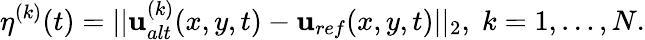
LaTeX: \eta^{(k)}(t)=||\mathbf{u}_{alt}^{(k)}(x,y,t)-\mathbf{u}_{ref}(x,y,t)||_{2},\; k=1,\dots,N.